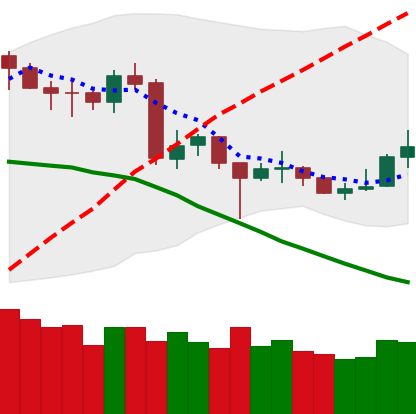
Ticker: NEO-USD
Chart end date: 2020-06-23
Forward return: -7.897%
Label: down_7plus